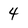
Character: 4